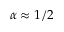
\alpha \approx 1 / 2